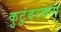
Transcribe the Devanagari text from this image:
कुटुंबरचना